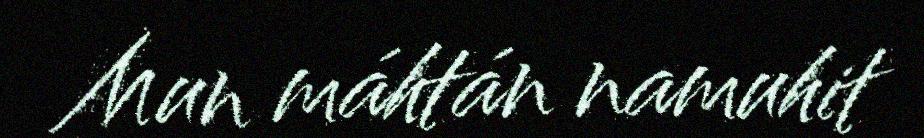
Mun máhtán namuhit